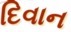
દિવાન